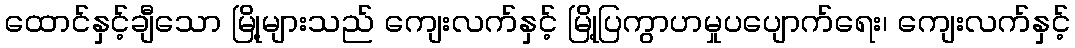
ထောင်နှင့်ချီသော မြို့များသည် ကျေးလက်နှင့် မြို့ပြကွာဟမှုပပျောက်ရေး၊ ကျေးလက်နှင့်